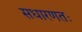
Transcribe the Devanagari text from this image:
सधारणतः